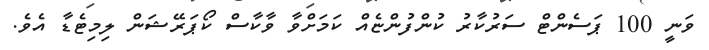
ވަނީ 100 ޕަސެންޓް ސަރުކާރު ކުންފުންޏެއް ކަމަށްވާ ވާކާސް ކޯޕަރޭޝަން ލިމިޓެޑާ އެވެ.